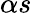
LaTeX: \alpha s